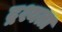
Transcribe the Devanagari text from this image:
द्रश्यता